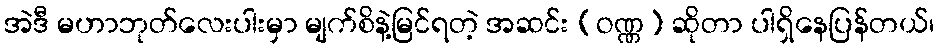
အဲဒီ မဟာဘုတ်လေးပါးမှာ မျက်စိနဲ့မြင်ရတဲ့ အဆင်း (ဝဏ္ဏ) ဆိုတာ ပါရှိနေပြန်တယ်၊